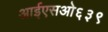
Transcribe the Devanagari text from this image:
आईएसओ६३९